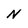
Character: N